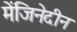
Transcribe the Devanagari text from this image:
मेंजिनेदीन